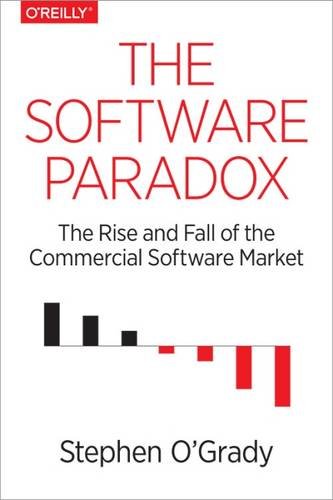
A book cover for The Software Paradox: The Rise and Fall of the Commercial Software Market; Stephen O'Grady; Computers & Technology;